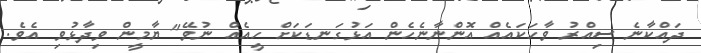
ދައްކާނެ ސިއްރު ވާހަކައެއް އޮންނާނެހެން އަޅުގަނޑަކަށް ހީއެއް ނުވޭ" ޔާމީން ވިދާޅުވި އެވެ.